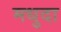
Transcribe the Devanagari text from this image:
मधुदा